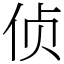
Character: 侦